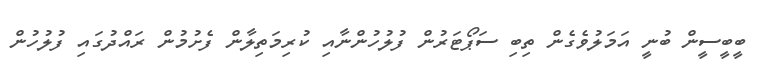
ބީބީސީން ބުނީ އަމަލުވެގެން ތިބި ސަޕޯޓަރުން ފުލުހުންނާއި ކުރިމަތިލާން ފެށުމުން ރައްދުގައި ފުލުހުން